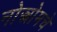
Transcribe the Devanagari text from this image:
नोस्त्रोमचे